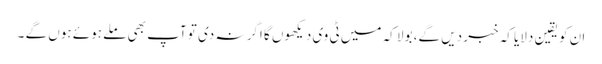
ان کو یقین دلایا کہ خبر دیں گے، بولا کہ میں ٹی وی دیکھوں گا اگر نہ دی تو آپ بھی ملے ہوئے ہوں گے ۔